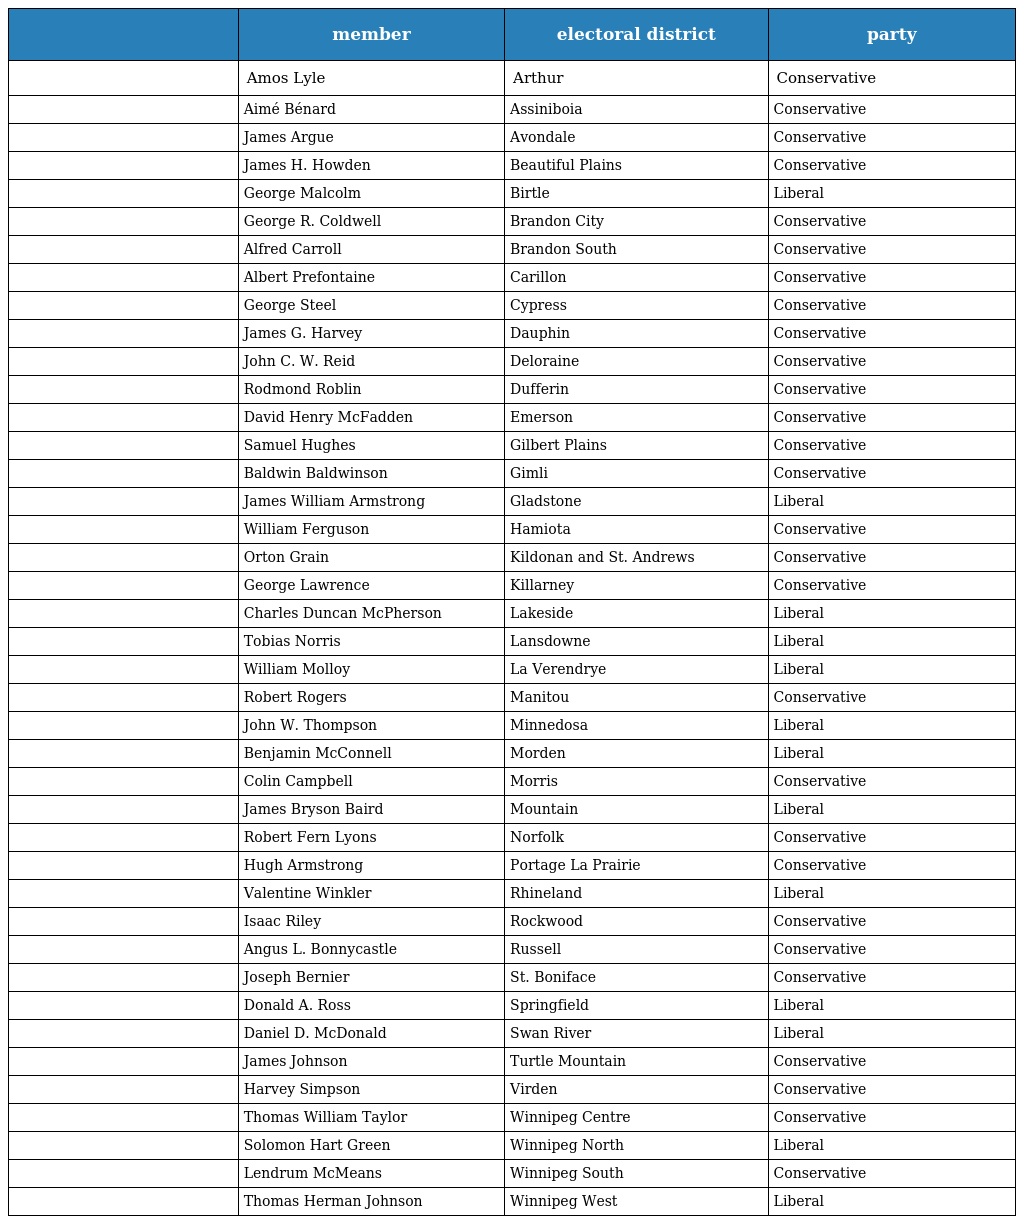
|  | member | electoral district | party |
 | --- | --- | --- | --- |
 |  | Amos Lyle | Arthur | Conservative |
 |  | Aimé Bénard | Assiniboia | Conservative |
 |  | James Argue | Avondale | Conservative |
 |  | James H. Howden | Beautiful Plains | Conservative |
 |  | George Malcolm | Birtle | Liberal |
 |  | George R. Coldwell | Brandon City | Conservative |
 |  | Alfred Carroll | Brandon South | Conservative |
 |  | Albert Prefontaine | Carillon | Conservative |
 |  | George Steel | Cypress | Conservative |
 |  | James G. Harvey | Dauphin | Conservative |
 |  | John C. W. Reid | Deloraine | Conservative |
 |  | Rodmond Roblin | Dufferin | Conservative |
 |  | David Henry McFadden | Emerson | Conservative |
 |  | Samuel Hughes | Gilbert Plains | Conservative |
 |  | Baldwin Baldwinson | Gimli | Conservative |
 |  | James William Armstrong | Gladstone | Liberal |
 |  | William Ferguson | Hamiota | Conservative |
 |  | Orton Grain | Kildonan and St. Andrews | Conservative |
 |  | George Lawrence | Killarney | Conservative |
 |  | Charles Duncan McPherson | Lakeside | Liberal |
 |  | Tobias Norris | Lansdowne | Liberal |
 |  | William Molloy | La Verendrye | Liberal |
 |  | Robert Rogers | Manitou | Conservative |
 |  | John W. Thompson | Minnedosa | Liberal |
 |  | Benjamin McConnell | Morden | Liberal |
 |  | Colin Campbell | Morris | Conservative |
 |  | James Bryson Baird | Mountain | Liberal |
 |  | Robert Fern Lyons | Norfolk | Conservative |
 |  | Hugh Armstrong | Portage La Prairie | Conservative |
 |  | Valentine Winkler | Rhineland | Liberal |
 |  | Isaac Riley | Rockwood | Conservative |
 |  | Angus L. Bonnycastle | Russell | Conservative |
 |  | Joseph Bernier | St. Boniface | Conservative |
 |  | Donald A. Ross | Springfield | Liberal |
 |  | Daniel D. McDonald | Swan River | Liberal |
 |  | James Johnson | Turtle Mountain | Conservative |
 |  | Harvey Simpson | Virden | Conservative |
 |  | Thomas William Taylor | Winnipeg Centre | Conservative |
 |  | Solomon Hart Green | Winnipeg North | Liberal |
 |  | Lendrum McMeans | Winnipeg South | Conservative |
 |  | Thomas Herman Johnson | Winnipeg West | Liberal |